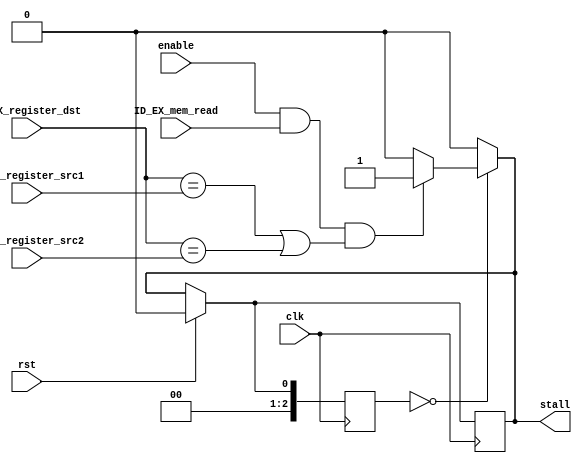
module hazard_detection_unit(rst,clk,ID_EX_mem_read, ID_EX_register_dst, IF_ID_register_src1, IF_ID_register_src2, stall, enable);
input ID_EX_mem_read, enable,rst,clk;
input [2:0] ID_EX_register_dst, IF_ID_register_src1, IF_ID_register_src2;
output stall;




//assign stall = (enable && ID_EX_mem_read && (( ID_EX_register_dst == IF_ID_register_src1) || ( ID_EX_register_dst == IF_ID_register_src2)))? 1'b1 : 1'b0 ;
localparam ready=3'b000;
localparam state1=3'b001;
localparam state2=3'b010;	

reg [2:0] state_reg,state_next;


always @(posedge clk)begin
	if(rst)begin
		state_reg=ready;
		stall=0;
	end
	else 
		state_reg=state_next;
end

always @(*)begin
	case(state_reg)
		ready:
		begin
			if((enable && ID_EX_mem_read && (( ID_EX_register_dst == IF_ID_register_src1) || ( ID_EX_register_dst == IF_ID_register_src2)))) begin
				state_next=state1;
				stall=1;
				
			end	
			else 
			begin
				state_next=ready;
				stall=0;
			end
		end	
		state1:
		begin
			state_next=ready;
			stall=0;
		
		end		
		
		
		default:
		begin
			state_next=ready;
			stall=0;
		end
	endcase	
end

endmodule